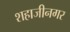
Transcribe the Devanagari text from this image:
शहाजीनगर